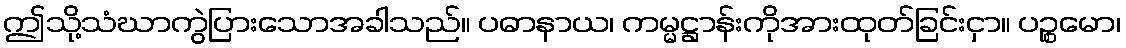
ဤသို့သံဃာကွဲပြားသောအခါသည်။ ပဓာနာယ၊ ကမ္မဋ္ဌာန်းကိုအားထုတ်ခြင်းငှာ။ ပဉ္စမော၊